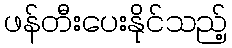
ဖန်တီးပေးနိုင်သည့်